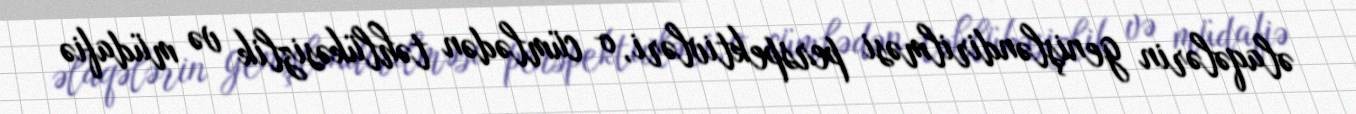
əlaqələrin genişləndirilməsi perspektivləri, o cümlədən təhlükəsizlik və müdafiə